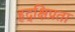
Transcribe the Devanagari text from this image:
हृद्‌क्षिप्रता